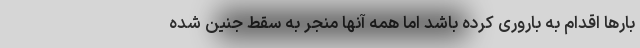
بارها اقدام به باروری کرده باشد اما همه آنها منجر به سقط جنین شده